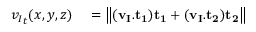
\begin{array} { r l } { { v _ { I } } _ { t } ( x , y , z ) } & { { } = \left\| ( \mathbf { v _ { I } } . \mathbf { { t _ { 1 } } } ) \mathbf { { t _ { 1 } } } + ( \mathbf { v _ { I } } . \mathbf { { t _ { 2 } } } ) \mathbf { { t _ { 2 } } } \right\| } \end{array}